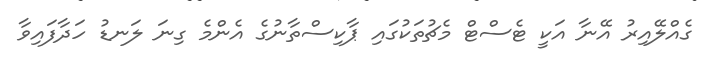
ގެއްލޭއިރު އޭނާ އަކީ ޓެސްޓް މެޗުތަކުގައި ޕާކިސްތާނުގެ އެންމެ ގިނަ ލަނޑު ހަދާފައިވާ